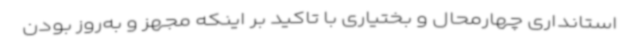
استانداری چهارمحال و بختیاری با تاکید بر اینکه مجهز و به‌روز بودن